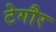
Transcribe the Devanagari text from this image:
टेगौर